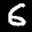
Label: 6